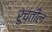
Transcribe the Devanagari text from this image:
रुचतील